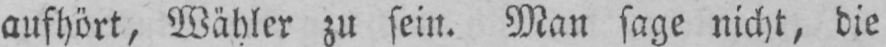
aufhört, Wähler zu sein. Man sage nicht, die